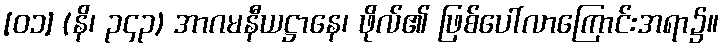
[၀၁] (နိ၊ ၃၄၃) အာဂမနီယဋ္ဌာနေ၊ ဖိုလ်၏ ဖြစ်ပေါ်လာကြောင်းအရာ၌။